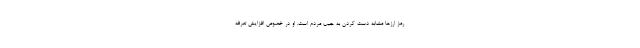
رمز ارز‌ها مشابه دست کردن به جیب مردم است. او در خصوص افزایش تعرفه